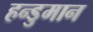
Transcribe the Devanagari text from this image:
हन्डुमान